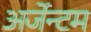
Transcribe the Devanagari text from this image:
अर्जेन्टम